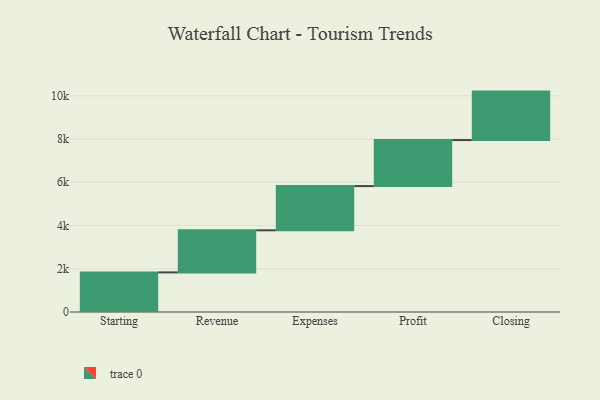
{"axis": {"x": "Step", "y": "Value"}, "legend": [""], "data": [{"x": "Starting", "y": 1832.0, "type": ""}, {"x": "Revenue", "y": 1947.0, "type": ""}, {"x": "Expenses", "y": 2045.0, "type": ""}, {"x": "Profit", "y": 2129.0, "type": ""}, {"x": "Closing", "y": 2242.0, "type": ""}]}